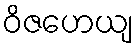
ဝိဇဟေယျ